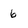
Character: 6